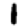
Digit: 1